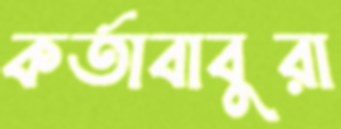
কর্তাবাবুরা